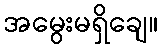
အမွေးမရှိချေ။